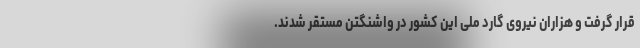
قرار گرفت و هزاران نیروی گارد ملی این کشور در واشنگتن مستقر شدند.